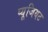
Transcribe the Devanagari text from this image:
प्यूजियट